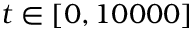
t \in [ 0 , 1 0 0 0 0 ]